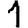
Digit: 1